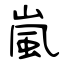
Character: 嵐